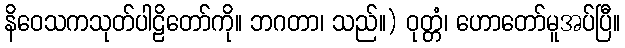
နိဝေသကသုတ်ပါဠိတော်ကို။ ဘဂတာ၊ သည်။) ဝုတ္တံ၊ ဟောတော်မူအပ်ပြီ။